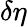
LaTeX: \delta\eta